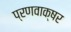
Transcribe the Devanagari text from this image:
प्रणवाक्षर